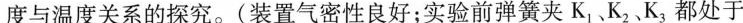
度与温度关系的探究。(装置气密性良好；实验前弹簧夹K_{1}、K_{2}、K_{3}都处于